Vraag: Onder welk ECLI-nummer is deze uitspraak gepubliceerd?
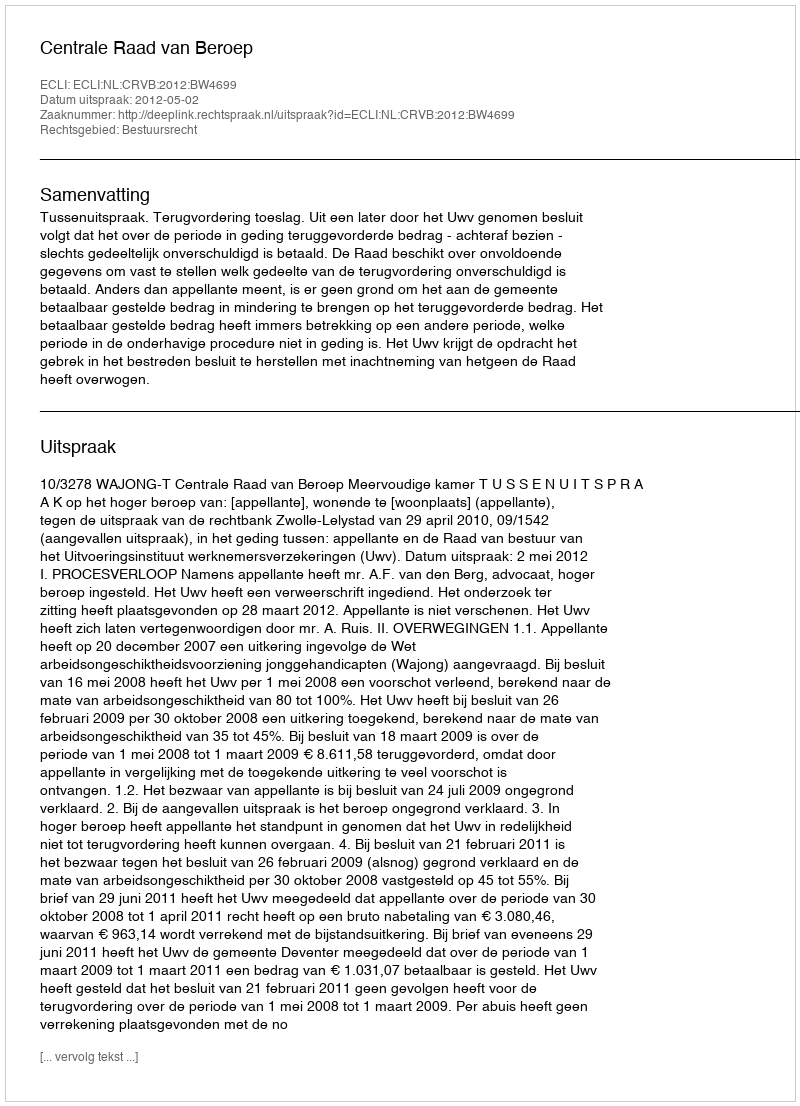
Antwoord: ECLI:NL:CRVB:2012:BW4699